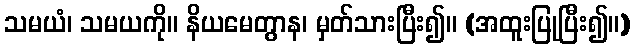
သမယံ၊ သမယကို။ နိယမေတွာန၊ မှတ်သားပြီး၍။ (အထူးပြုပြီး၍။)